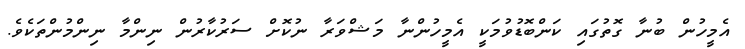
އެމީހުން ބުނާ ގޮތުގައި ކަންބޮޑުވުމަކީ އެމީހުންނާ މަޝްވަރާ ނުކޮށް ސަރުކާރުން ނިންމާ ނިންމުންތަކެވެ.